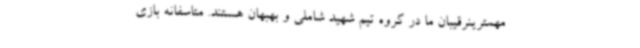
مهمترینرقیبان ما در گروه تیم شهید شاملی و بهبهان هستند. متاسفانه بازی